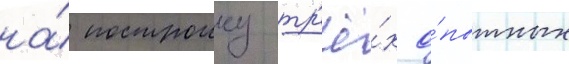
на́ построику тр'ё́х о́пытных